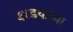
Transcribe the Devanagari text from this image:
बरडयाच्या